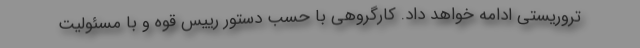
تروریستی ادامه خواهد داد. کارگروهی با حسب دستور رییس قوه و با مسئولیت